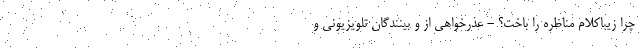
چرا زیباکلام مناظره را باخت؟ - عذرخواهی از و بینندگان تلویزیونی و